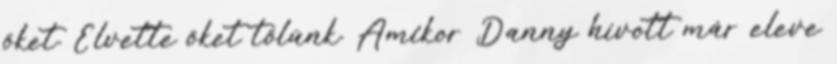
őket. Elvette őket tőlünk. Amikor Danny hívott már eleve